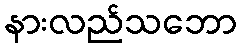
နားလည်သဘော